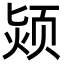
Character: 颎